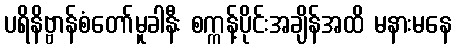
ပရိနိဗ္ဗာန်စံတော်မူခါနီး စက္ကန့်ပိုင်းအချိန်အထိ မနားမနေ